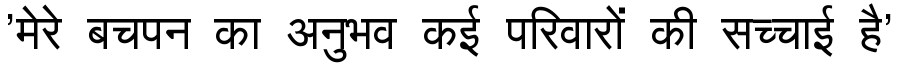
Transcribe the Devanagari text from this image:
'मेरे बचपन का अनुभव कई परिवारों की सच्चाई है'